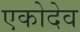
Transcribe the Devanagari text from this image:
एकोदेव